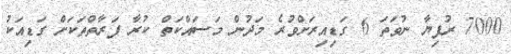
7000 ރުފިޔާ ނުވަތަ 6 ގަޑިއިރަށްވުރެ މަދުން މަސައްކަތް ކުރާ ފަރާތްތަކަށް ގަޑިއަކު